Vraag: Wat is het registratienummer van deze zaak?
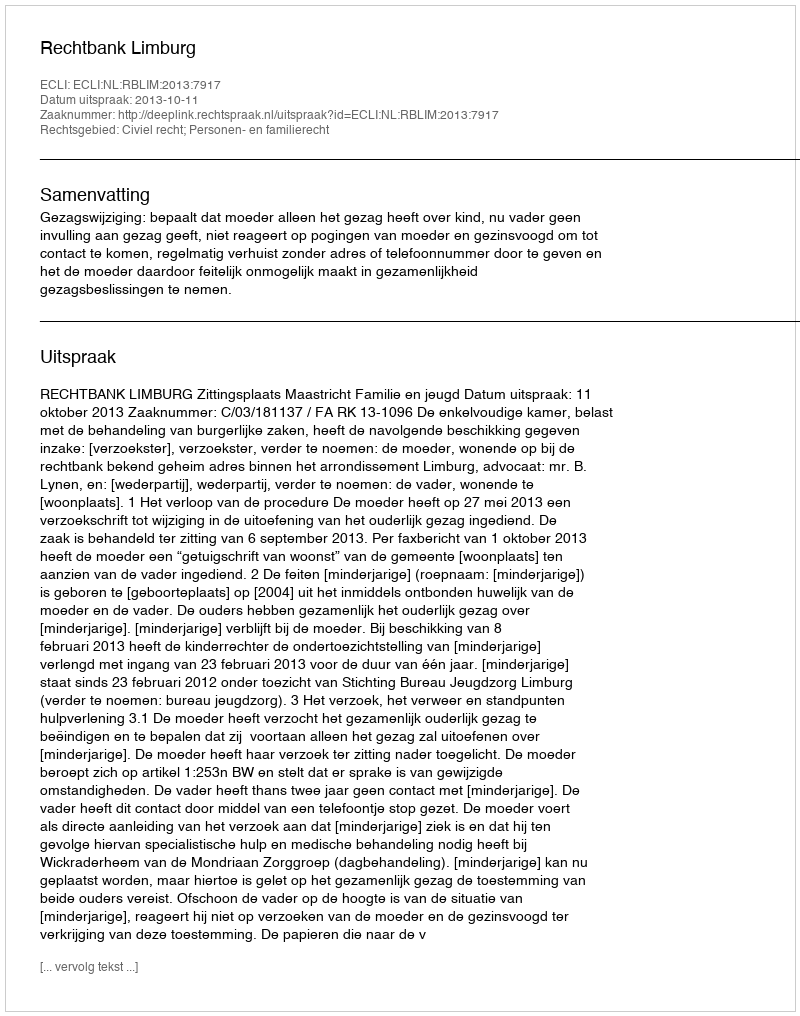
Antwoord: http://deeplink.rechtspraak.nl/uitspraak?id=ECLI:NL:RBLIM:2013:7917